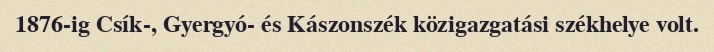
1876-ig Csík-, Gyergyó- és Kászonszék közigazgatási székhelye volt.